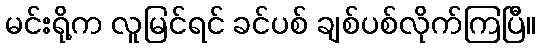
မင်းရို့က လူမြင်ရင် ခင်ပစ် ချစ်ပစ်လိုက်ကြပြီ။